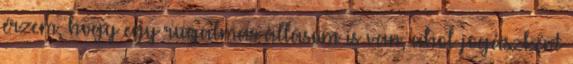
érzem, hogy egy rugalmas állásom is van, ahol jogászként